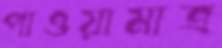
পাওয়ামাত্র